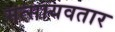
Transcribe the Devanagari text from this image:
मत्सायवतार